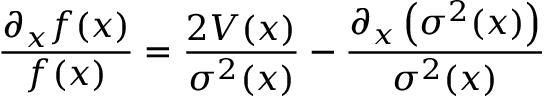
\frac { \partial _ { x } f ( x ) } { f ( x ) } = \frac { 2 V ( x ) } { \sigma ^ { 2 } ( x ) } - \frac { \partial _ { x } \left( \sigma ^ { 2 } ( x ) \right) } { \sigma ^ { 2 } ( x ) }